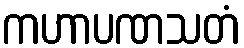
ကဟာပဏသတံ